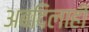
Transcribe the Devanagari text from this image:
अबदिलाही